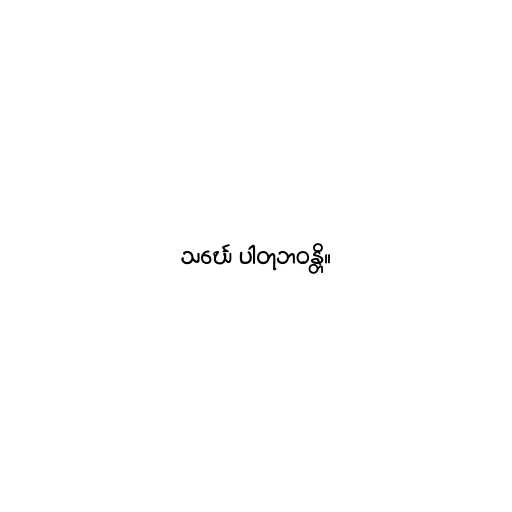
သင်္ဃေ ပါတုဘဝန္တိ။